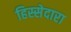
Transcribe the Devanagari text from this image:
हिस्सेदारा